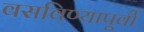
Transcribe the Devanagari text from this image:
वसविण्यापूर्वी